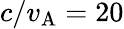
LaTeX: c/v_{\mathrm{A}}=20